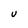
Character: U